Vaccination in Bombay 1856-1862 - 1856-1862
Year: 1856
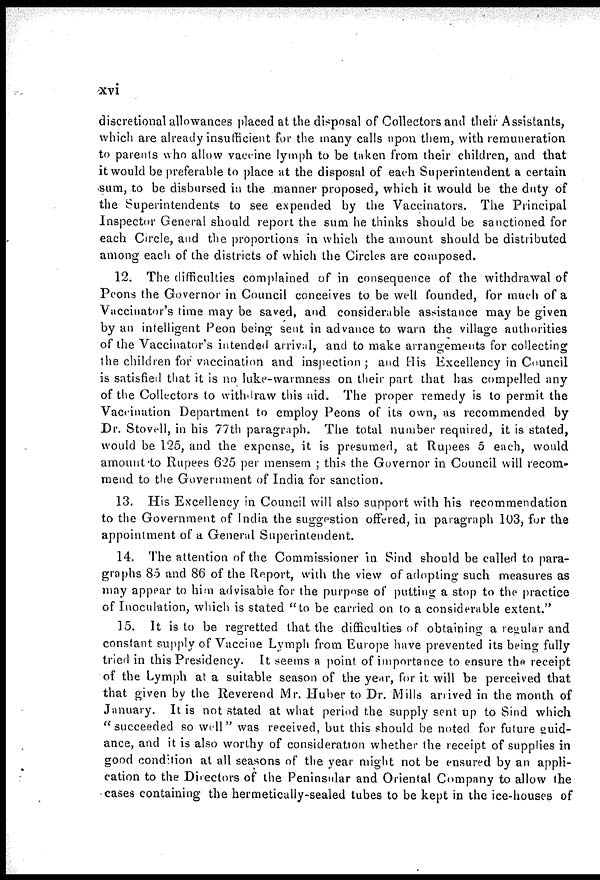
xvi
discretional allowances placed at the disposal of Collectors and their Assistants,
which are already insufficient for the many calls upon them, with remuneration
to parents who allow vaccine lymph to be taken from their children, and that
it would be preferable to place at the disposal of each Superintendent a certain
sum, to be disbursed in the manner proposed, which it would be the duty of
the Superintendents to see expended by the Vaccinators. The Principal
Inspector General should report the sum he thinks should be sanctioned for
each Circle, and the proportions in which the amount should be distributed
among each of the districts of which the Circles are composed.
12. The difficulties complained of in consequence of the withdrawal of
Peons the Governor in Council conceives to be well founded, for much of a
Vaccinator's time may be saved, and considerable assistance may be given
by an intelligent Peon being sent in advance to warn the village authorities
of the Vaccinator's intended arrival, and to make arrangements for collecting
the children for vaccination and inspection ; and His Excellency in Council
is satisfied that it is no luke-warmness on their part that has compelled any
of the Collectors to withdraw this aid. The proper remedy is to permit the
Vaccination Department to employ Peons of its own, as recommended by
Dr. Stovell, in his 77th paragraph. The total number required, it is stated,
would be 125, and the expense, it is presumed, at Rupees 5 each, would
amount to Rupees 625 per mensem ; this the Governor in Council will recom-
mend to the Government of India for sanction.
13. His Excellency in Council will also support with his recommendation
to the Government of India the suggestion offered, in paragraph 103, for the
appointment of a General Superintendent.
14. The attention of the Commissioner in Sind should be called to para-
graphs 85 and 86 of the Report, with the view of adopting such measures as
may appear to him advisable for the purpose of putting a stop to the practice
of Inoculation, which is stated "to be carried on to a considerable extent."
15. It is to be regretted that the difficulties of obtaining a regular and
constant supply of Vaccine Lymph from Europe have prevented its being fully
tried in this Presidency. It seems a point of importance to ensure the receipt
of the Lymph at a suitable season of the year, for it will be perceived that
that given by the Reverend Mr. Huber to Dr. Mills arrived in the month of
January. It is not stated at what period the supply sent up to Sind which
"succeeded so well" was received, but this should be noted for future guid-
ance, and it is also worthy of consideration whether the receipt of supplies in
good condition at all seasons of the year might not be ensured by an appli-
cation to the Directors of the Peninsular and Oriental Company to allow the
cases containing the hermetically-sealed tubes to be kept in the ice-houses of